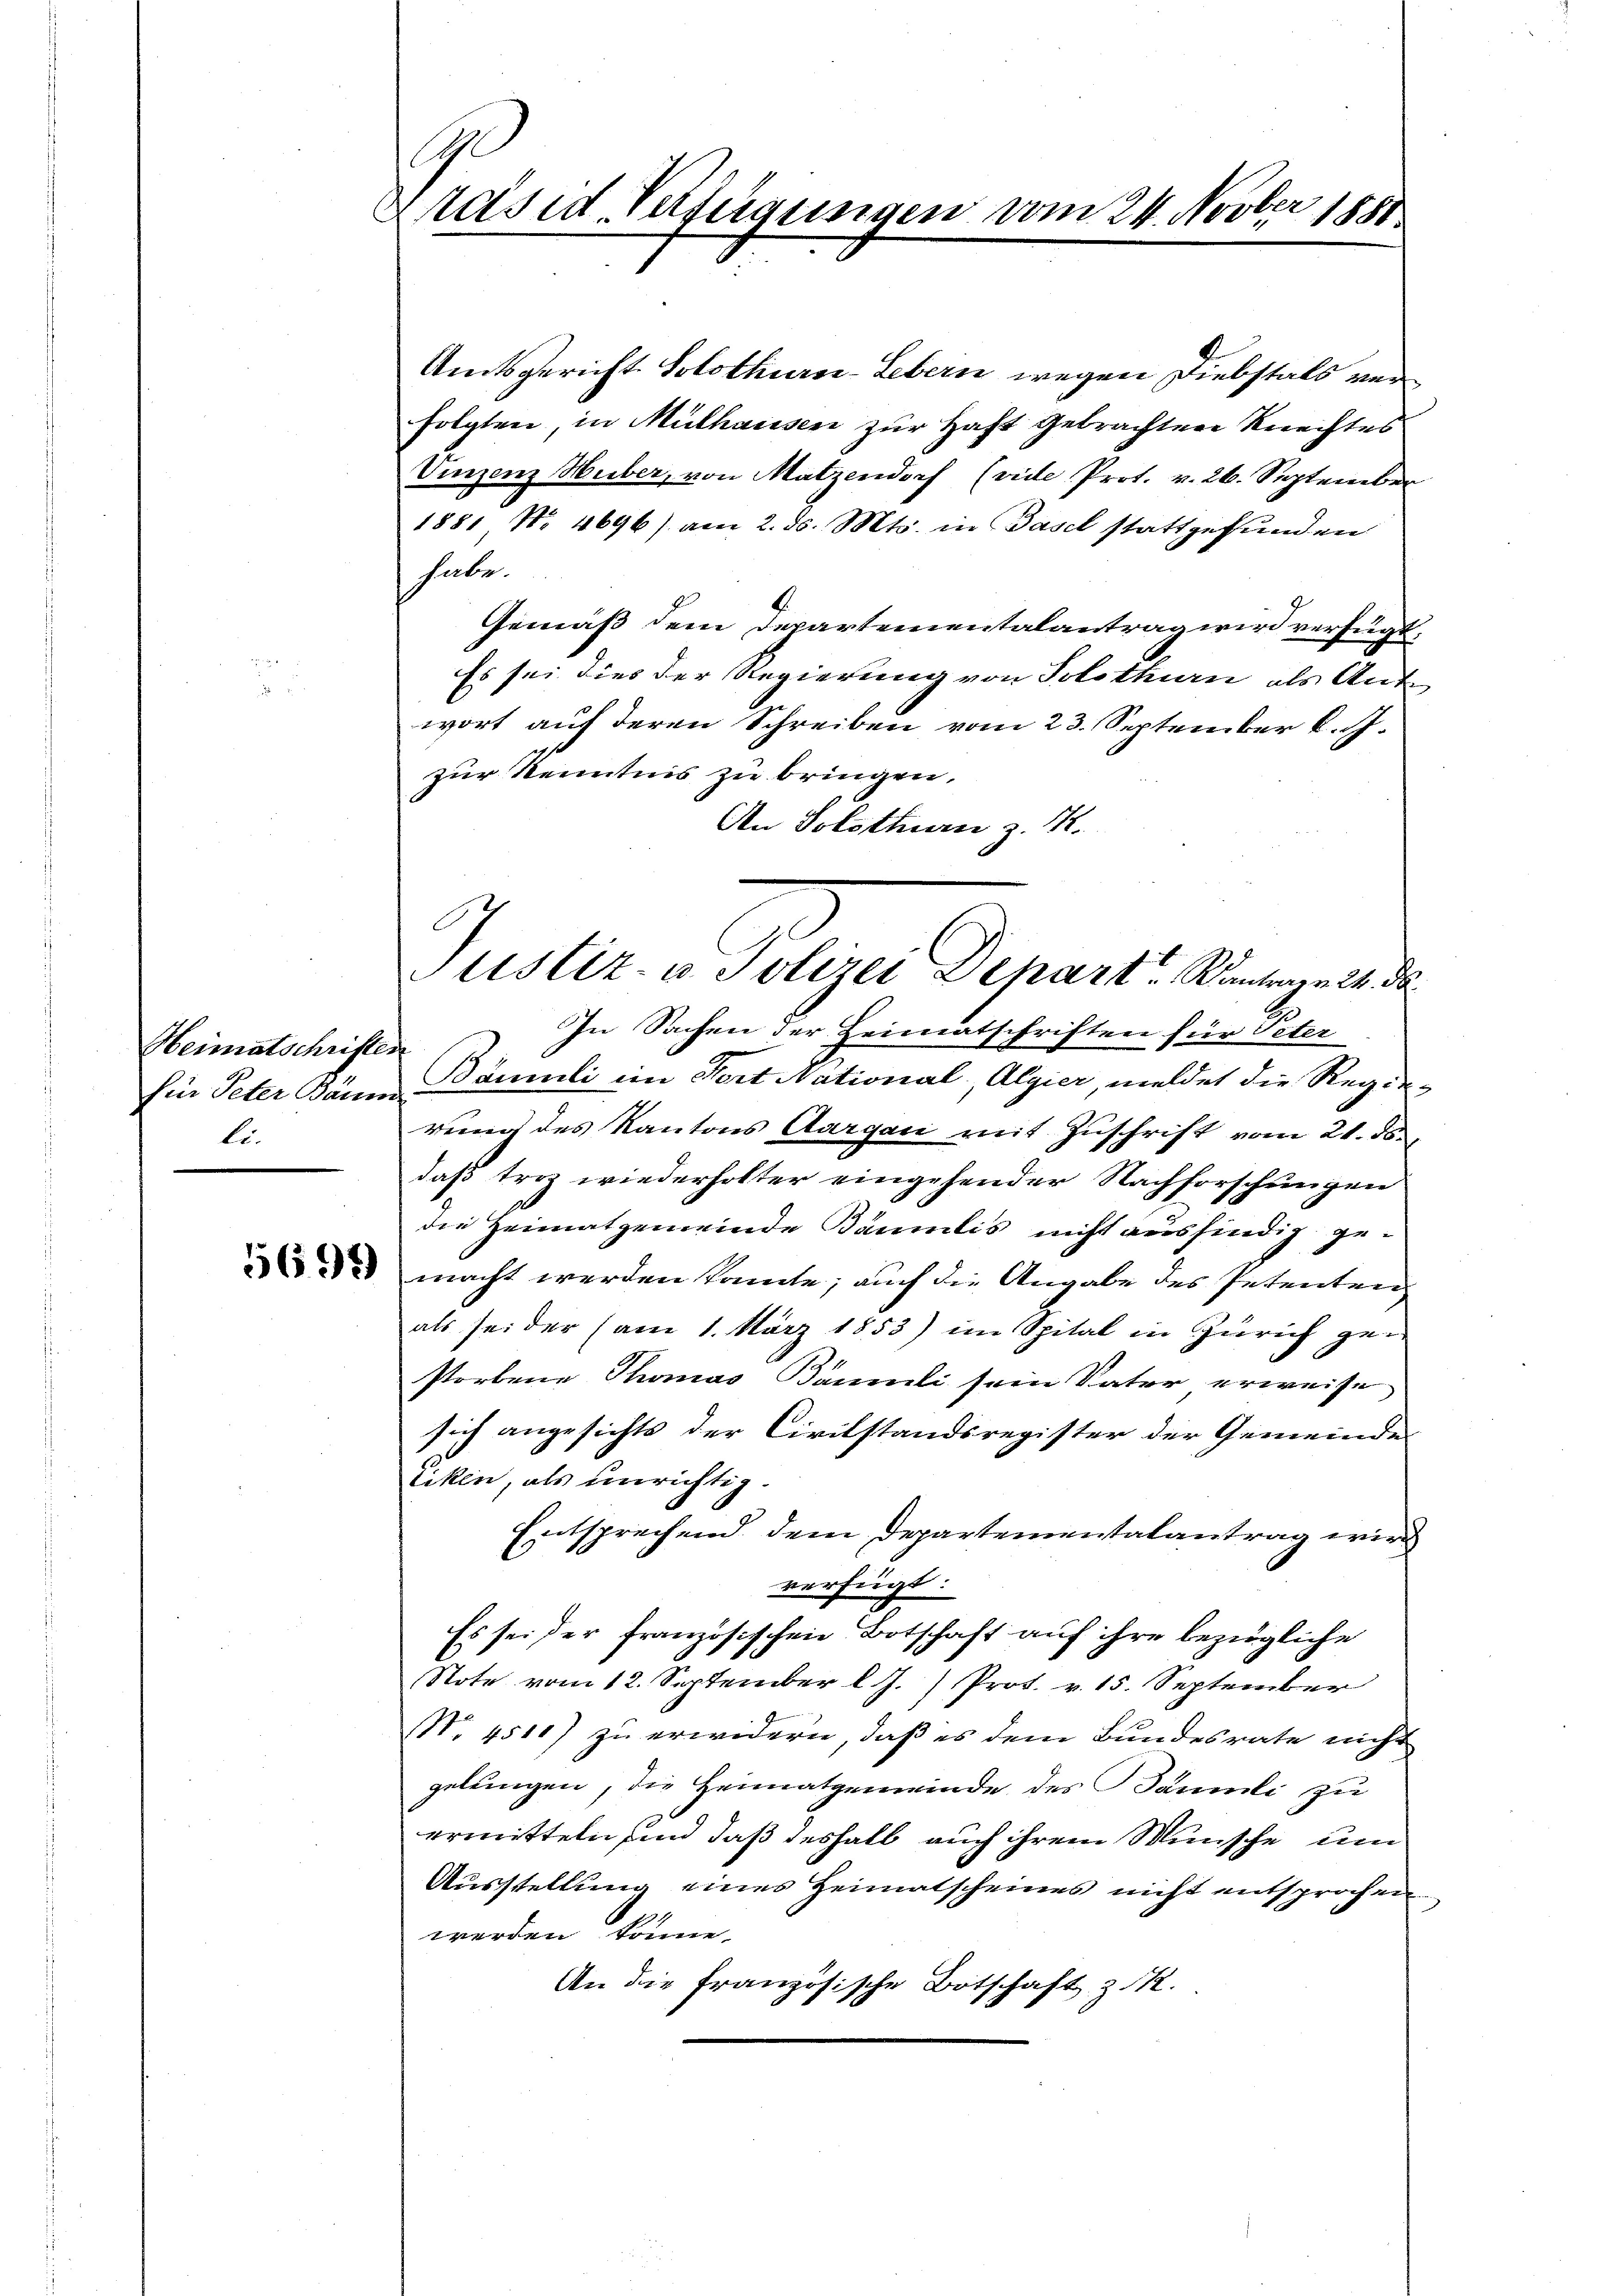
Heimatschrifte
für Peter Baum
li.

5699)

G.
Präses Verfügungen vom 24. Novber 1881

Amtsgericht. Solothurn-Lebern wegen Diebstals von
folgten, in Mülhausen zur Haft gebrachten Rechtes
Vinzenz Huber, von Matzendorf (vide Prot. v. 26. September
1881 No 4696) am 2. ds. Mts. in Basel stattgefunden
habe.
Gemäß dem Departementalantrag wird verfügt,
Es sei dies der Regierung von Solothurn als Ant
wort auf deren Schreiben vom 23. September k. J.
zur Kenntnis zu bringen.
An Solothurn z. B.
In Sachen der Heimatschriften für Peter
f
Bäumli im Fert National, Algier, meldet die Regierung des Kantons Aargau mit Zuschrift vom 21. ds.
daß triz wiederholter eingehender Nachforschungen
die Heimatgemeinde Bäumlis nicht ausfindig gemacht werden könnte; auch die Angabe des Petenten
als sei der (am 1. März 1853) im Spital in Zürich ge-
storbene Thomas Bäumli sein Vater erweise
sich angesichts der Civilstandsregister der Gemeinde
tiken, als unrichtig.
Entsprechend dem Departementalantrag wird
verfügt:
Es sei der französischen Botschaft auf ihre bezügliche
Note vom 12. September l. J.) Prot. v. 15. September
Nr. 4511) zu erwidern, daß es dem Bundesrate nicht
gelungen, die Heimatgemeinde des Säumli zu
ermitteln sind, daß deshalb auch ihrem Wunsche um
Ausstellung eines Heimatscheines nicht entsprochen
werden könne.
An die Französische Botschaft z. R.

E
Justiz- u. Polizei Dehart antragen 24. d.